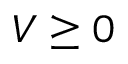
V \geq 0